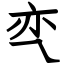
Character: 亪